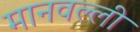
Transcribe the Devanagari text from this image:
मानवल्ली